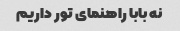
نه بابا راهنمای تور داریم